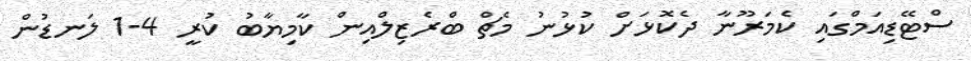
ސްޓޭޑިއަމްގައި ކެމަރޫނާ ދެކޮޅަށް ކުޅުނު މެޗް ބްރެޒިލްއިން ކާމިޔާބު ކުރީ 4-1 ލަނޑުން